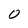
Character: 0